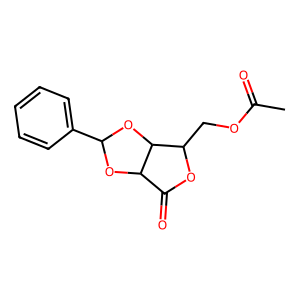
SMILES: CC(=O)OCC1OC(=O)C2OC(c3ccccc3)OC12
Inhibits HIV replication: No